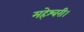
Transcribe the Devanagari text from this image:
महेश्वरी।